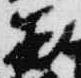
蔵